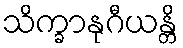
သိက္ခာနုဂီယန္တိ